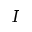
I